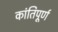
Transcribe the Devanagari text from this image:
कांतिपूर्ण